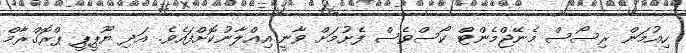
ހިއުމަން ރިސޯސް މެނޭޖްމެންޓް ކޯސްވެސް ފެށުމަށް ވާނީ އިޢްލާނުކޮށްފައެވެ. އަދި ޔޫޕީޕީ ޕްރޮގްރާމް